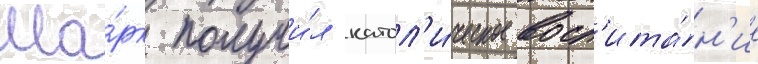
Ма́рк получи́л катол'и́ческое восп'ита́н'ие